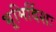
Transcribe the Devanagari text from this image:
भूमिर्दिशः